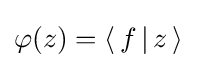
\varphi (z)=\langle \,f\,|\,z\,\rangle